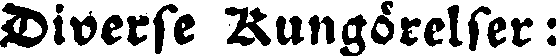
Diverse Kungörelser: